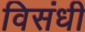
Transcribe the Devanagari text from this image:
विसंधी